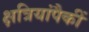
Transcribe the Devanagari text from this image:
क्षत्रियांपैकीं